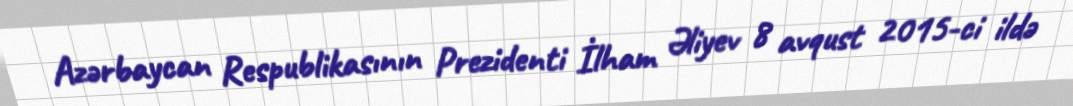
Azərbaycan Respublikasının Prezidenti İlham Əliyev 8 avqust 2015-ci ildə